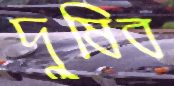
দুষিব